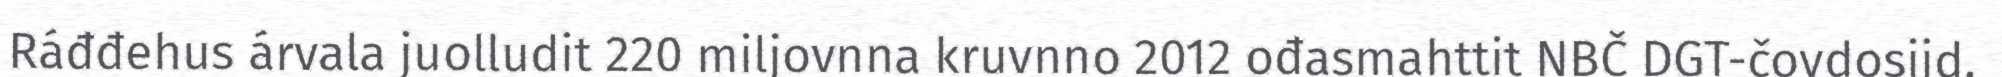
Ráđđehus árvala juolludit 220 miljovnna kruvnno 2012 ođasmahttit NBČ DGT-čovdosiid.